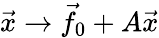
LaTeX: {\vec{x}}\to{\vec{f}}_{0}+A{\vec{x}}